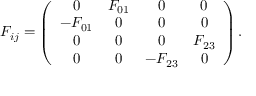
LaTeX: { \cal F } _ { i j } = \left( \begin{array} { c c c c } { { 0 } } & { { { \cal F } _ { 0 1 } } } & { { 0 } } & { { 0 } } \\ { { - { \cal F } _ { 0 1 } } } & { { 0 } } & { { 0 } } & { { 0 } } \\ { { 0 } } & { { 0 } } & { { 0 } } & { { { \cal F } _ { 2 3 } } } \\ { { 0 } } & { { 0 } } & { { - { \cal F } _ { 2 3 } } } & { { 0 } } \end{array} \right) .